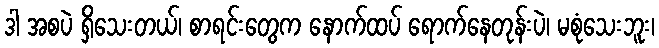
ဒါ အစပဲ ရှိသေးတယ်၊ စာရင်းတွေက နောက်ထပ် ရောက်နေတုန်းပဲ၊ မစုံသေးဘူး၊